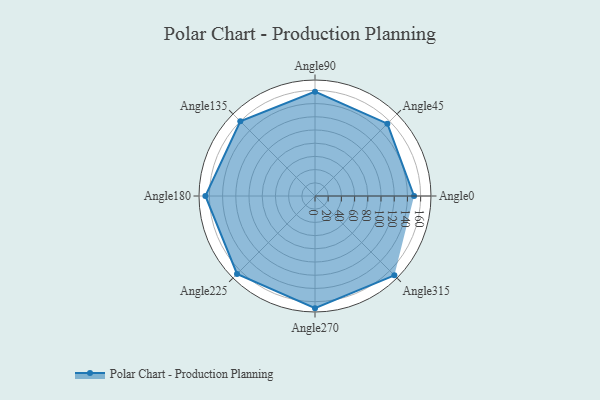
{"axis": {"x": "Angle", "y": "Radius"}, "legend": [""], "data": [{"x": "Angle0", "y": 150.0, "type": ""}, {"x": "Angle45", "y": 155.0, "type": ""}, {"x": "Angle90", "y": 158.0, "type": ""}, {"x": "Angle135", "y": 160.0, "type": ""}, {"x": "Angle180", "y": 166.0, "type": ""}, {"x": "Angle225", "y": 167.0, "type": ""}, {"x": "Angle270", "y": 170.0, "type": ""}, {"x": "Angle315", "y": 170, "type": ""}]}